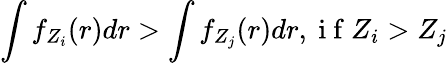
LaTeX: \int f_{Z_{i}}(r)dr>\int f_{Z_{j}}(r)dr,\mathrm{~i~f~}Z_{i}>Z_{j}